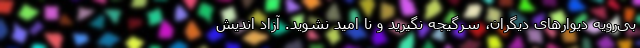
بی‌رویه دیوارهای دیگران، سرگیجه نگیرید و نا امید نشوید. آزاد اندیش